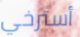
أسترخي